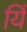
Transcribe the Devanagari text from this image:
यिं